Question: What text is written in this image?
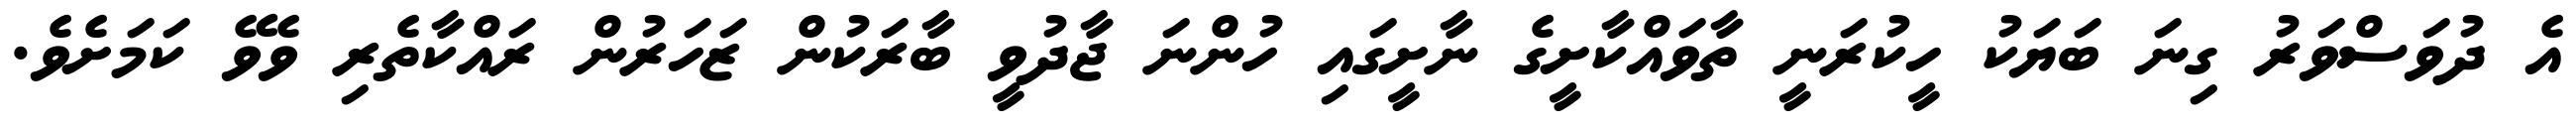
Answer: އެ ދުވަސްވަރު ގިނަ ބަޔަކު ހީކުރަނީ ތާވައްކާށީގެ ނާށީގައި ހުންނަ ޖާދުވީ ބާރަކުން ޒަހަރުން ރައްކާތެރި ވެވޭ ކަމަށެވެ.